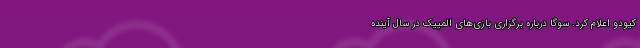
کیودو اعلام کرد. سوگا درباره برگزاری بازی‌های المپیک در سال آینده